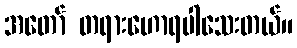
အတော် တရားဟောရပါသေးတယ်။